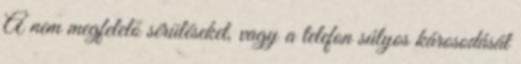
A nem megfelelő sérüléseket, vagy a telefon súlyos károsodását